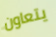
يتعاون